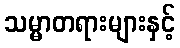
သမ္မာတရားများနှင့်